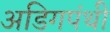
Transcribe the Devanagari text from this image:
अडिगपंथी